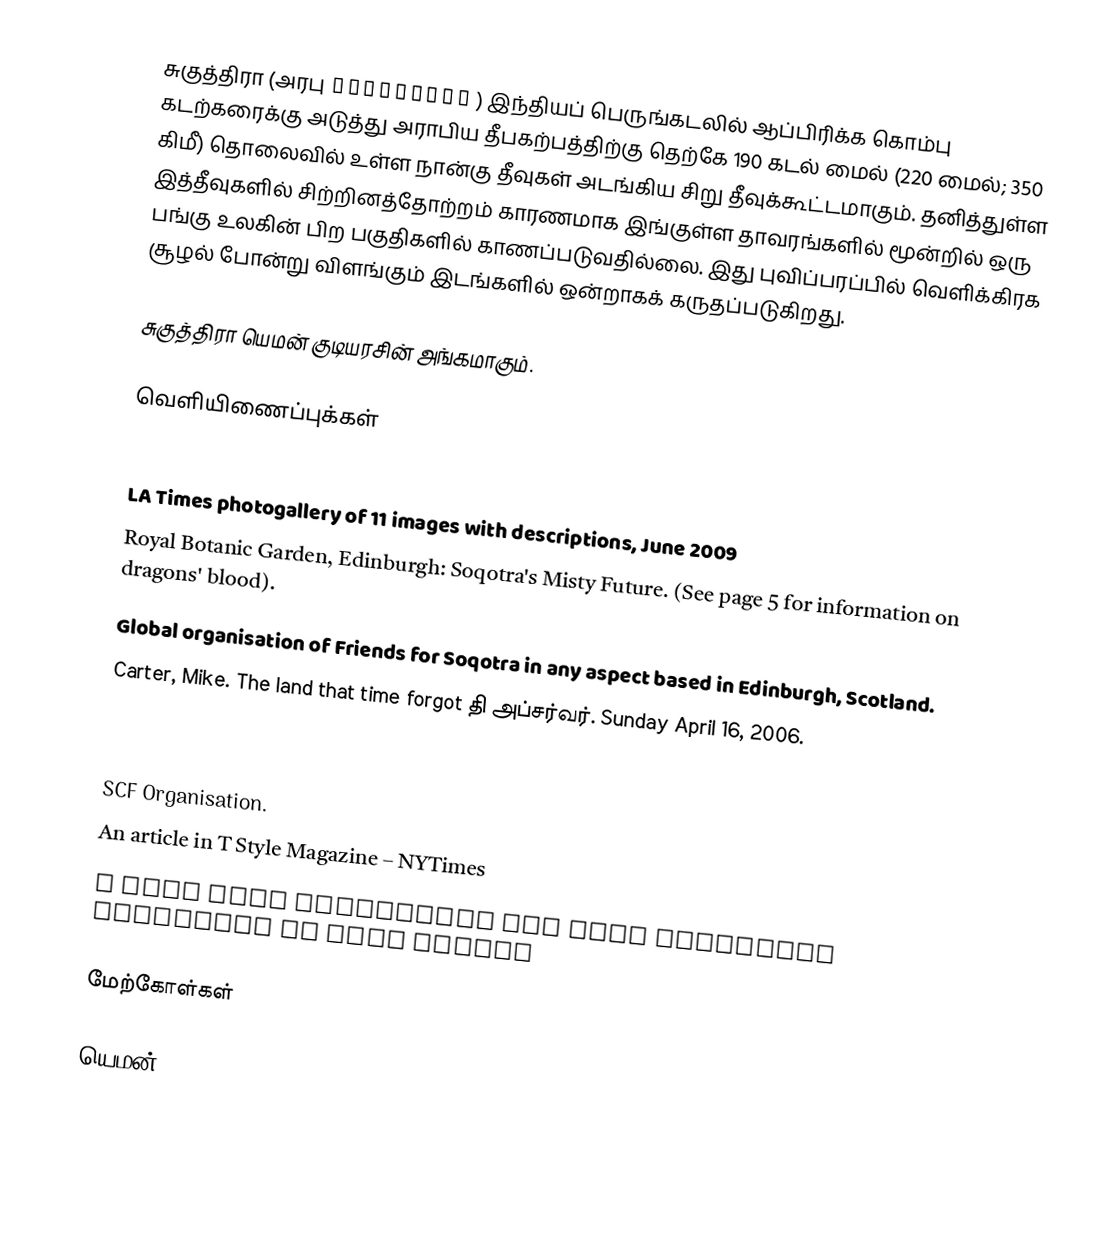
சுகுத்திரா (அரபு سُقُطْرَى ) இந்தியப் பெருங்கடலில் ஆப்பிரிக்க கொம்பு கடற்கரைக்கு அடுத்து அராபிய தீபகற்பத்திற்கு தெற்கே 190 கடல் மைல் (220 மைல்; 350 கிமீ) தொலைவில் உள்ள நான்கு தீவுகள் அடங்கிய சிறு தீவுக்கூட்டமாகும். தனித்துள்ள இத்தீவுகளில் சிற்றினத்தோற்றம் காரணமாக இங்குள்ள தாவரங்களில் மூன்றில் ஒரு பங்கு உலகின் பிற பகுதிகளில் காணப்படுவதில்லை. இது புவிப்பரப்பில் வெளிக்கிரக சூழல் போன்று விளங்கும் இடங்களில் ஒன்றாகக் கருதப்படுகிறது.

சுகுத்திரா யெமன் குடியரசின் அங்கமாகும்.

வெளியிணைப்புக்கள்

 LA Times photogallery of 11 images with descriptions, June 2009
 Royal Botanic Garden, Edinburgh: Soqotra's Misty Future. (See page 5 for information on dragons' blood).
 Global organisation of Friends for Soqotra in any aspect based in Edinburgh, Scotland.
 Carter, Mike. The land that time forgot தி அப்சர்வர். Sunday April 16, 2006.
 A Historical Genealogy of Socotra as an Object of Mythical Speculation, Scientific Research & Development Experiment

 SCF Organisation.
 An article in T Style Magazine – NYTimes
 A good page describing the very different landscape of this island

மேற்கோள்கள்

யெமன்